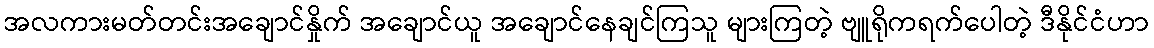
အလကားမတ်တင်းအချောင်နှိုက် အချောင်ယူ အချောင်နေချင်ကြသူ များကြတဲ့ ဗျူရိုကရက်ပေါတဲ့ ဒီနိုင်ငံဟာ